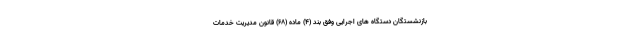
بازنشستگان دستگاه های اجرایی وفق بند (۴) ماده (۶۸) قانون مدیریت خدمات